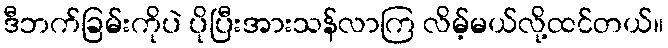
ဒီဘက်ခြမ်းကိုပဲ ပိုပြီးအားသန်လာကြ လိမ့်မယ်လို့ထင်တယ်။